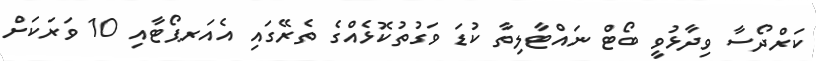
ކަރްދޯސާ ވިދާޅުވީ ބޯޓް ނައްޓާލިތާ ކުޑަ ވަގުތުކޮޅެއްގެ ތެރޭގައި އެއަރޕޯޓާއި 10 ވަރަކަށް